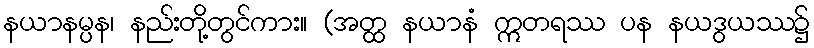
နယာနမ္ပန၊ နည်းတို့တွင်ကား။ (အတ္ထ နယာနံ ဣတရဿ ပန နယဒွယဿ၌